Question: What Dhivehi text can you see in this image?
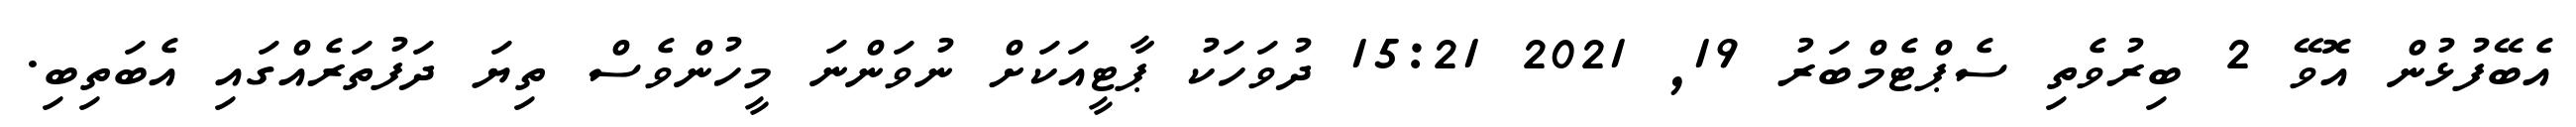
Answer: އެބޭފުޅުން އޮވޭ 2 ބިރުވެތި ސެޕްޓެމްބަރު 19, 2021 15:21 ދުވަހަކު ޕާޓީއަކަށް ނުވަންނަ މީހުންވެސް ތިޔަ ދަފުތަރެއްގައި އެބަތިބި.